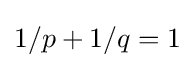
{\textstyle 1/p+1/q=1}